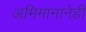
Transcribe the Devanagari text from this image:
अभिमानानेही